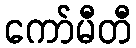
ကော်မီတီ